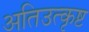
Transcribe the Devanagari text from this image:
अतिउत्कृष्ट